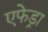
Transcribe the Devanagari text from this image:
एफेड्रा